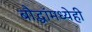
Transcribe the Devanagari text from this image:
बौद्धांमध्येही